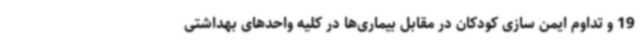
19 و تداوم ایمن سازی کودکان در مقابل بیماری‌ها در کلیه واحدهای بهداشتی